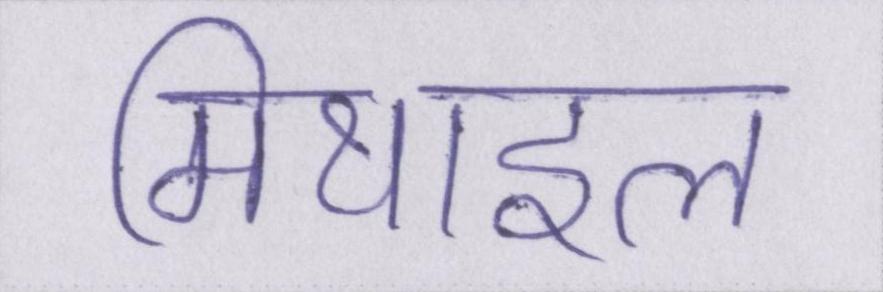
मिथाइल